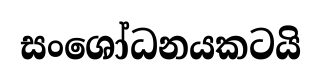
සංශෝධනයකටයි